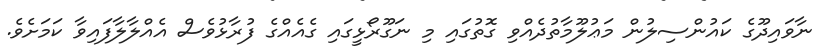
ނާވައިދޫގެ ކައުންސިލުން މަޢުލޫމާތުދެއްވި ގޮތުގައި މި ނަގޫރޯޅީގައި ގެއެއްގެ ފުރާޅުވެސް އެއްލާލާފައިވާ ކަމަށެވެ.